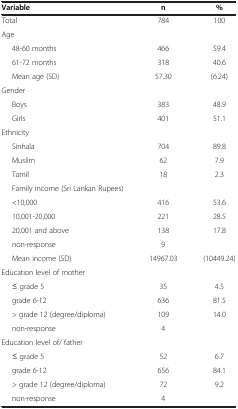
<table><thead><tr><td><b>Variable</b></td><td><b>n</b></td><td><b>%</b></td></tr></thead><tbody><tr><td>Total</td><td>784</td><td>100</td></tr><tr><td>Age</td><td> </td><td> </td></tr><tr><td>48-60 months</td><td>466</td><td>59.4</td></tr><tr><td>61-72 months</td><td>318</td><td>40.6</td></tr><tr><td>Mean age (SD)</td><td>57.30</td><td>(6.24)</td></tr><tr><td>Gender</td><td> </td><td> </td></tr><tr><td>Boys</td><td>383</td><td>48.9</td></tr><tr><td>Girls</td><td>401</td><td>51.1</td></tr><tr><td>Ethnicity</td><td> </td><td> </td></tr><tr><td>Sinhala</td><td>704</td><td>89.8</td></tr><tr><td>Muslim</td><td>62</td><td>7.9</td></tr><tr><td>Tamil</td><td>18</td><td>2.3</td></tr><tr><td>Family income (Sri Lankan Rupees)</td><td> </td><td> </td></tr><tr><td>&lt;10,000</td><td>416</td><td>53.6</td></tr><tr><td>10,001-20,000</td><td>221</td><td>28.5</td></tr><tr><td>20,001 and above</td><td>138</td><td>17.8</td></tr><tr><td>non-response</td><td>9</td><td> </td></tr><tr><td>Mean income (SD)</td><td>14967.03</td><td>(10449.24)</td></tr><tr><td>Education level of mother</td><td> </td><td> </td></tr><tr><td>≤ grade 5</td><td>35</td><td>4.5</td></tr><tr><td>grade 6-12</td><td>636</td><td>81.5</td></tr><tr><td>&gt; grade 12 (degree/diploma)</td><td>109</td><td>14.0</td></tr><tr><td>non-response</td><td>4</td><td> </td></tr><tr><td>Education level of/ father</td><td> </td><td> </td></tr><tr><td>≤ grade 5</td><td>52</td><td>6.7</td></tr><tr><td>grade 6-12</td><td>656</td><td>84.1</td></tr><tr><td>&gt; grade 12 (degree/diploma)</td><td>72</td><td>9.2</td></tr><tr><td>non-response</td><td>4</td><td> </td></tr></tbody></table>